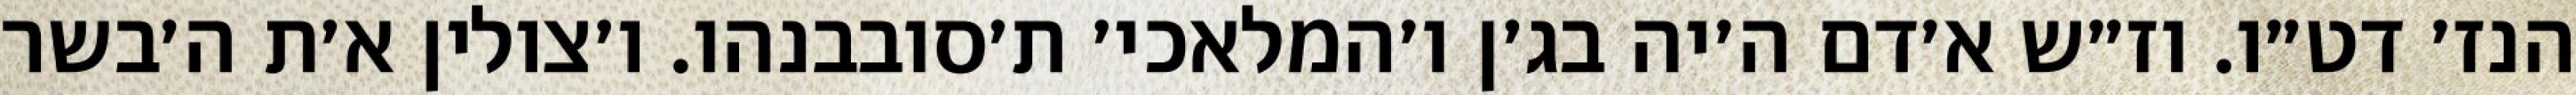
הנז׳ דט״ו. וז״ש א׳דם ה׳יה בג׳ן ו׳המלאכי׳ ת׳סובבנהו. ו׳צולין א׳ת ה׳בשר